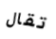
تقال